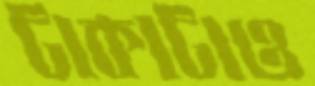
টাকাটাও